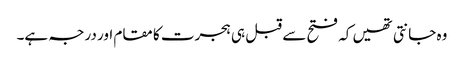
وہ جانتی تھیں کہ فتح سے قبل ہی ہجرت کا مقام اور درجہ ہے۔